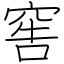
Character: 窖